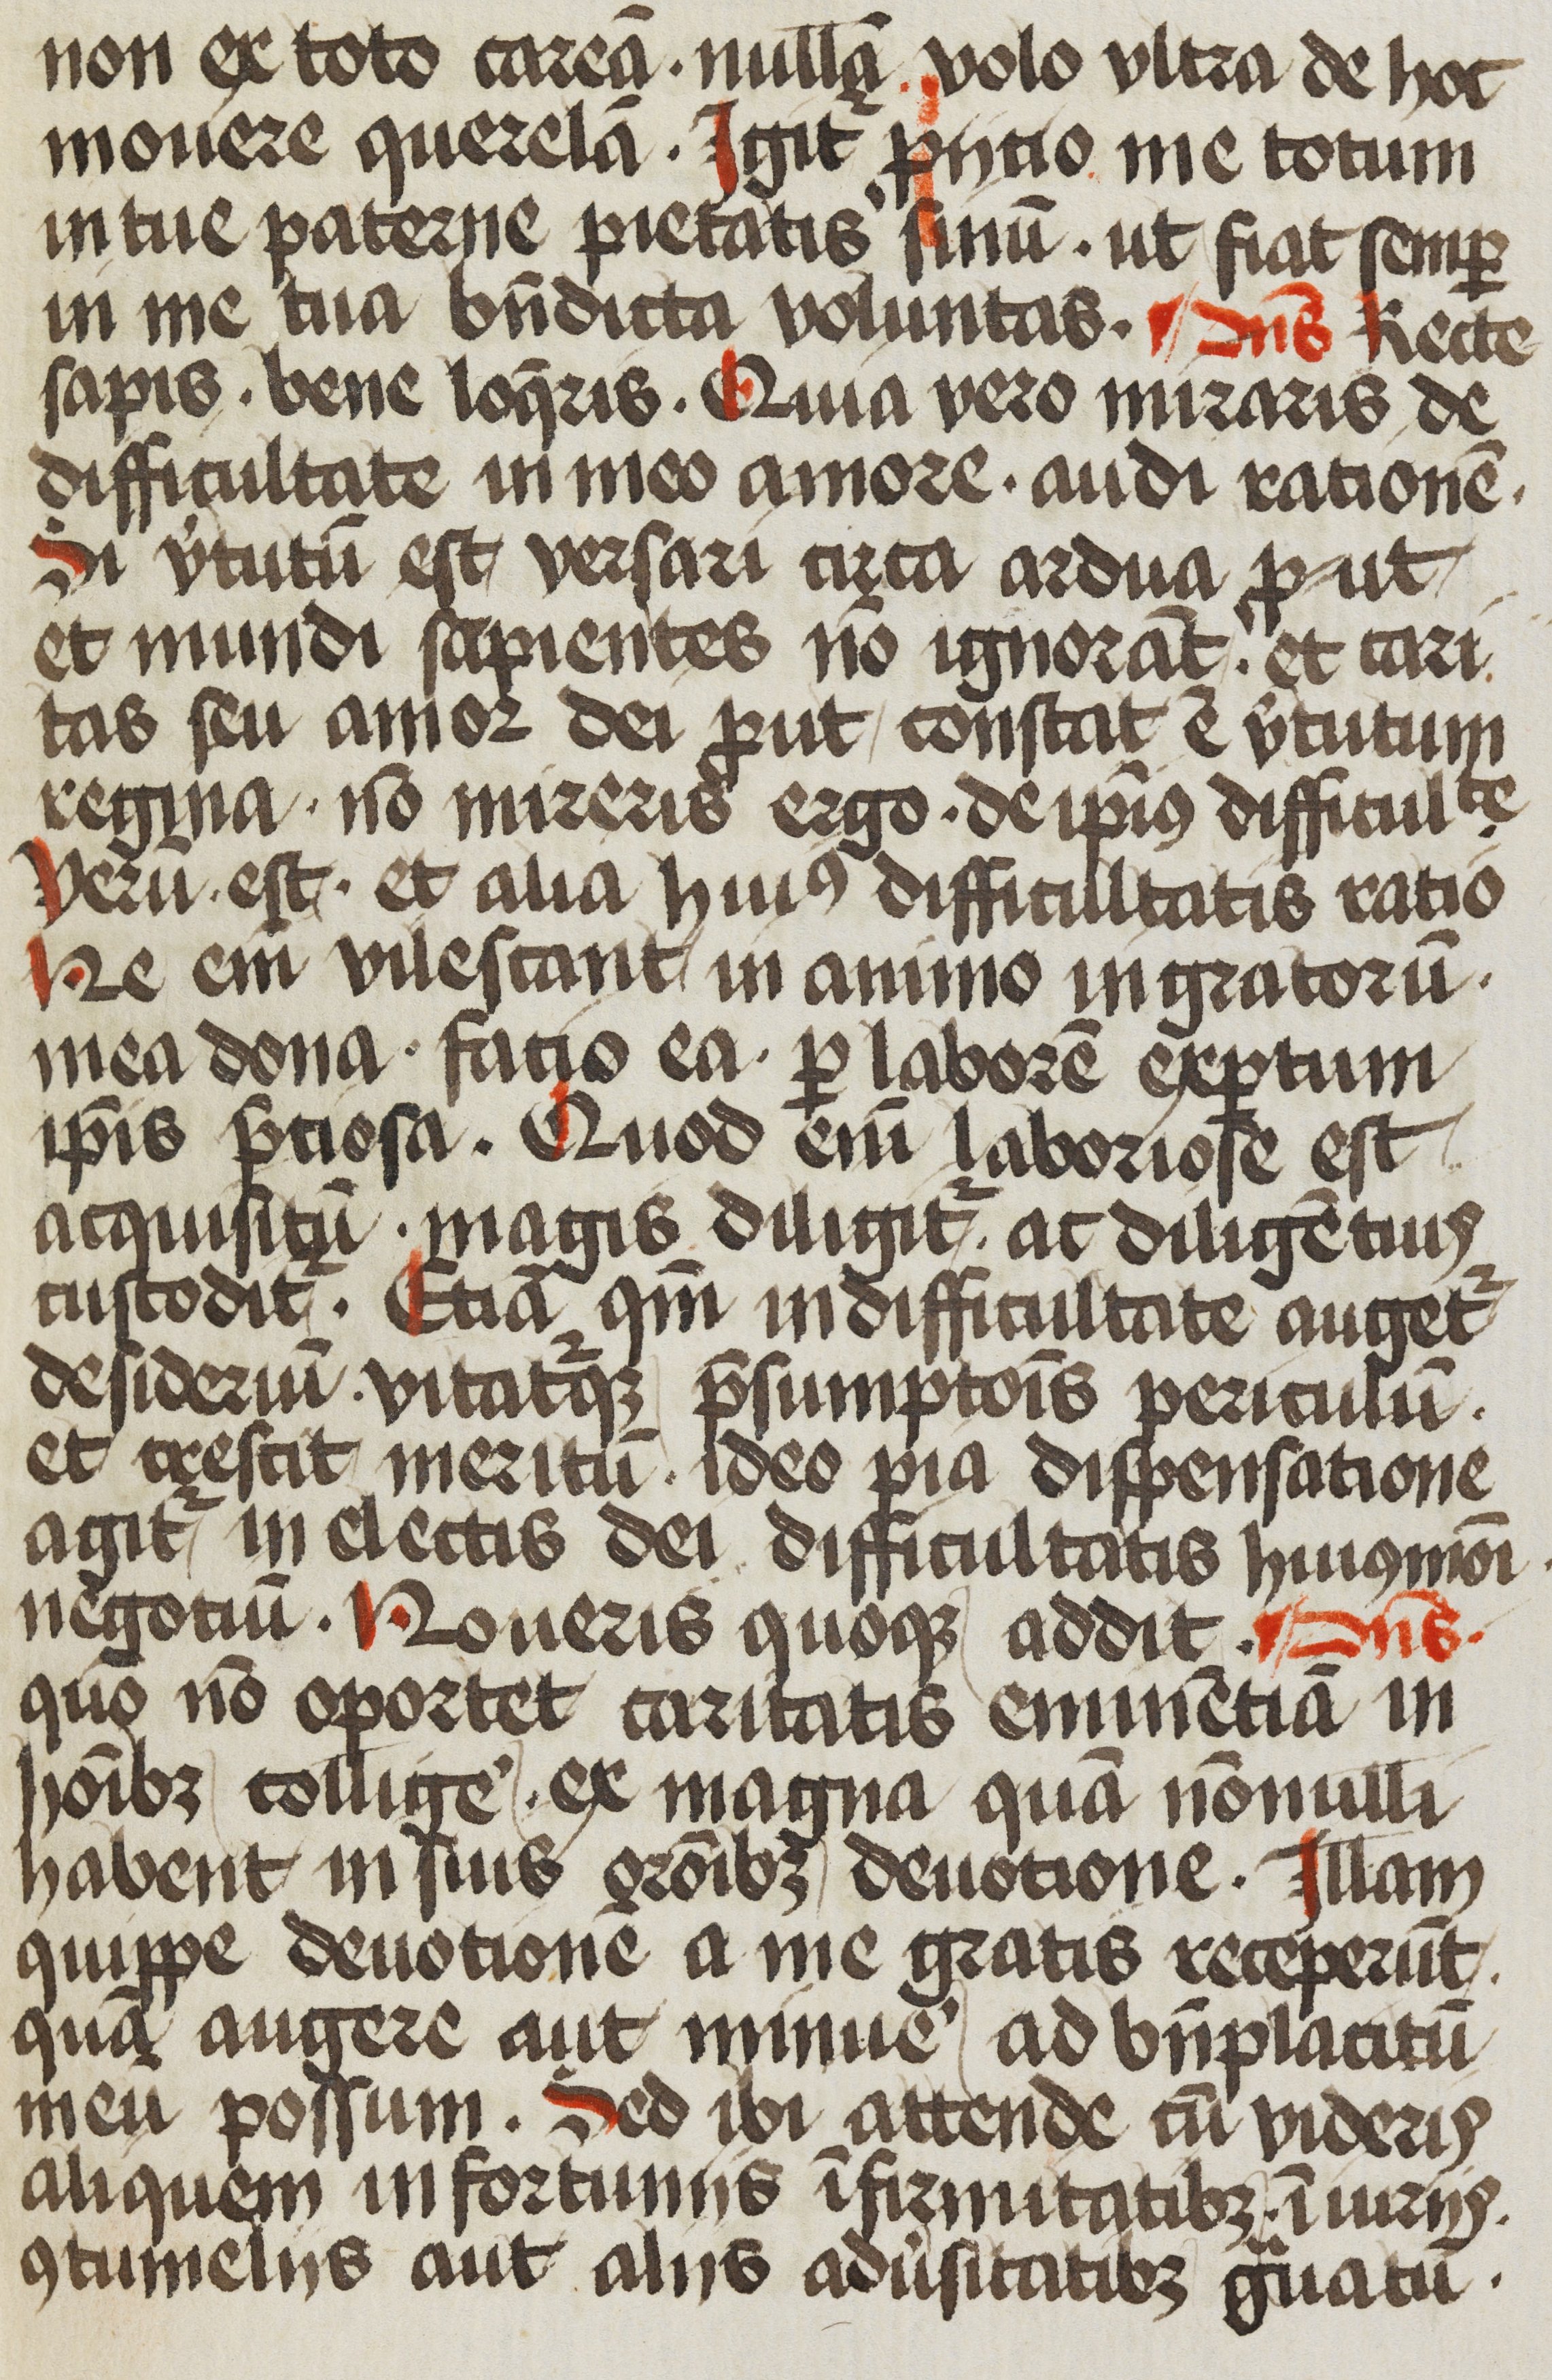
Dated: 1472–1472